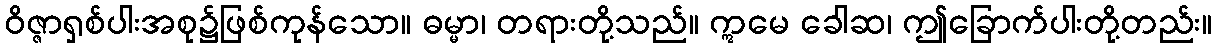
ဝိဇ္ဇာရှစ်ပါးအစု၌ဖြစ်ကုန်သော။ ဓမ္မာ၊ တရားတို့သည်။ ဣမေ ခေါဆ၊ ဤခြောက်ပါးတို့တည်း။